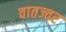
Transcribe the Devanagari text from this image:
वातज्वर